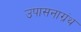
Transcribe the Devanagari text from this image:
उपासनाग्रंथ